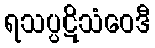
ရသပ္ပဋိသံဝေဒီ